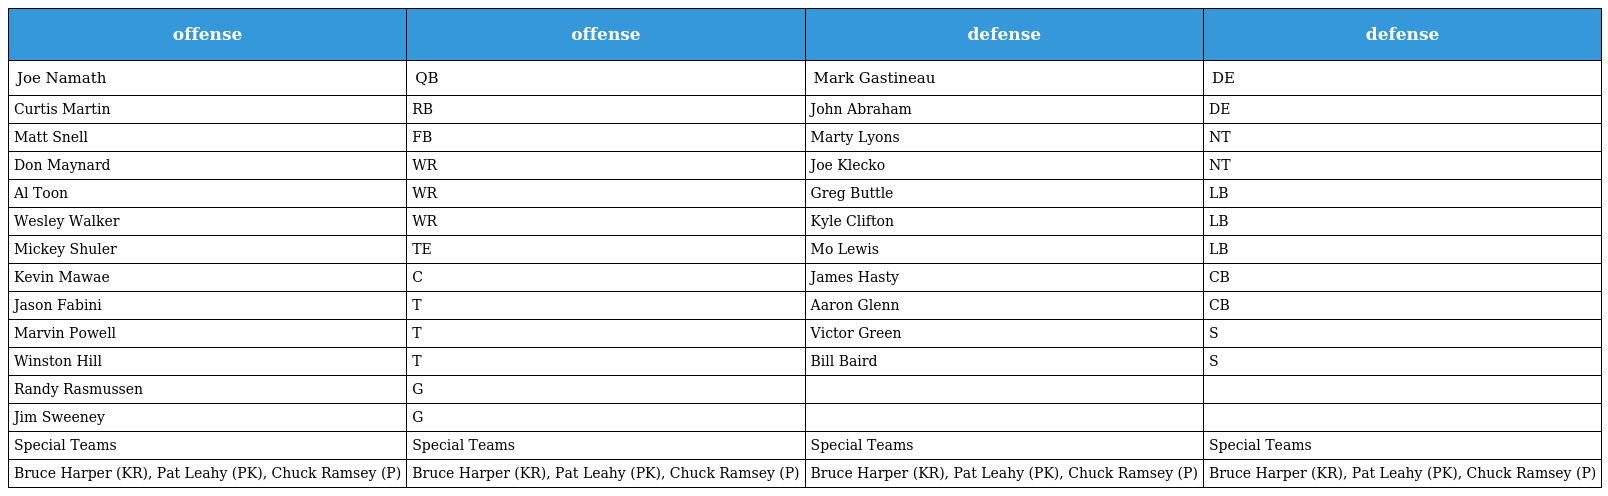
| offense | offense | defense | defense |
 | --- | --- | --- | --- |
 | Joe Namath | QB | Mark Gastineau | DE |
 | Curtis Martin | RB | John Abraham | DE |
 | Matt Snell | FB | Marty Lyons | NT |
 | Don Maynard | WR | Joe Klecko | NT |
 | Al Toon | WR | Greg Buttle | LB |
 | Wesley Walker | WR | Kyle Clifton | LB |
 | Mickey Shuler | TE | Mo Lewis | LB |
 | Kevin Mawae | C | James Hasty | CB |
 | Jason Fabini | T | Aaron Glenn | CB |
 | Marvin Powell | T | Victor Green | S |
 | Winston Hill | T | Bill Baird | S |
 | Randy Rasmussen | G |  |  |
 | Jim Sweeney | G |  |  |
 | Special Teams | Special Teams | Special Teams | Special Teams |
 | Bruce Harper (KR), Pat Leahy (PK), Chuck Ramsey (P) | Bruce Harper (KR), Pat Leahy (PK), Chuck Ramsey (P) | Bruce Harper (KR), Pat Leahy (PK), Chuck Ramsey (P) | Bruce Harper (KR), Pat Leahy (PK), Chuck Ramsey (P) |